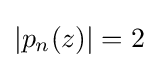
|p_{n}(z)|=2